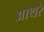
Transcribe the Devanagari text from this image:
आथरे